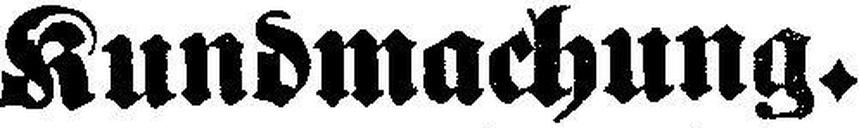
Kundmachung.